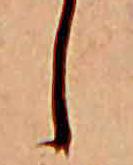
し